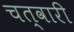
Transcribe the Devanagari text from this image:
चत्वारी